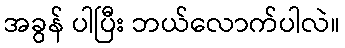
အခွန် ပါပြီး ဘယ်လောက်ပါလဲ။